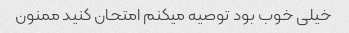
خیلی خوب بود توصیه میکنم امتحان کنید ممنون